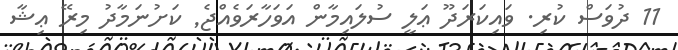
11 ދުވަސް ކުރި. ވައިކަރަދޫ ޢަލީ ސުލައިމާން އަވަހާރަވެއްޖެ